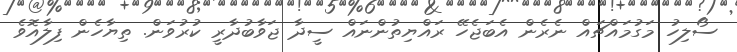
ސޯލިހު މަގުމައްޗައް ނެރެން އެބަޖެހޭ ރައްޔިތުންނައް ސީދާ ޖަވާބުދާރީ ކުރުވަން. ތިޔާހެން ފިލާއޮވެ